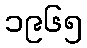
၁၉၆၅